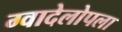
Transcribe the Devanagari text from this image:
ग्वादेलोपला